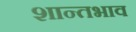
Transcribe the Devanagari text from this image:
शान्तभाव